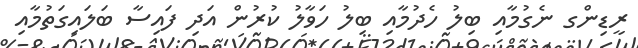
ރީޑިންގ ނެގުމާއި ބިލު ހެދުމާއި ބިލު ހަވާލު ކުރުން އަދި ފައިސާ ބަލައިގަތުމާއި